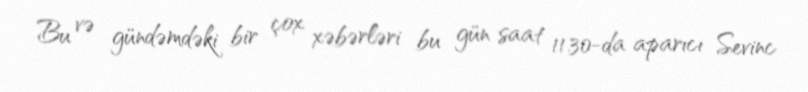
Bu və gündəmdəki bir çox xəbərləri bu gün saat 11.30-da aparıcı Sevinc